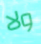
ولا